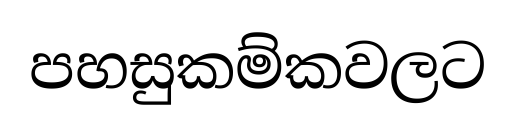
පහසුකම්කවලට